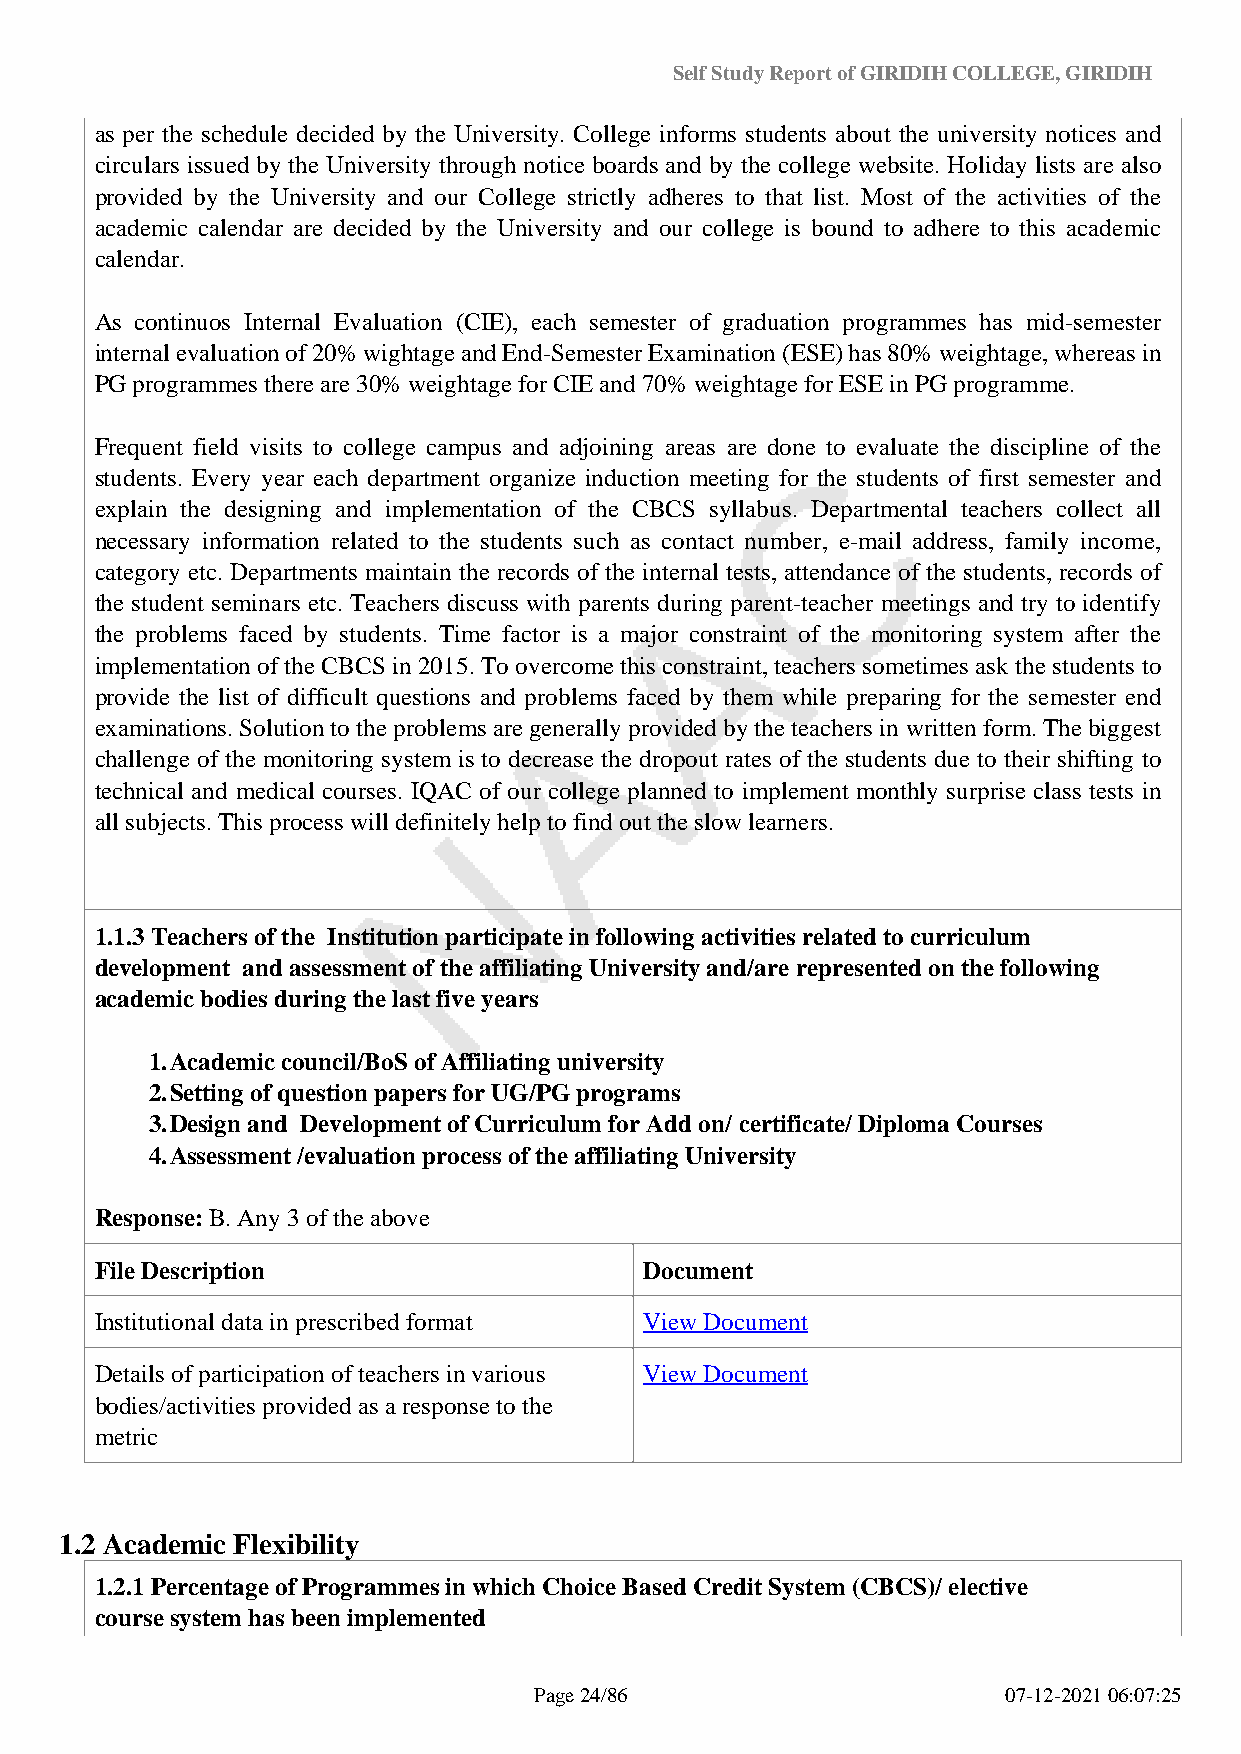
Self Study Report of GIRIDIH COLLEGE, GIRIDIH
 as per the schedule decided by the University. College informs students about the university notices and
 circulars issued by the University through notice boards and by the college website. Holiday lists are also
 provided by the University and our College strictly adheres to that list. Most of the activities of the
 academic calendar are decided by the University and our college is bound to adhere to this academic
 calendar.
 As continuos Internal Evaluation (CIE), each semester of graduation programmes has mid-semester
 internal evaluation of 20% wightage and End-Semester Examination (ESE) has 80% weightage, whereas in
 PG programmes there are 30% weightage for CIE and 70% weightage for ESE in PG programme.
 Frequent field visits to college campus and adjoining areas are done to evaluate the discipline of the
 students. Every year each department organize induction meeting for the students of first semester and
 explain the designing and implementation of the CBCS syllabus. Departmental teachers collect all
 necessary information related to the students such as contact number, e-mail address, family income,
 category etc. Departments maintain the records of the internal tests, attendance of the students, records of
 the student seminars etc. Teachers discuss with parents during parent-teacher meetings and try to identify
 the problems faced by students. Time factor is a major constraint of the monitoring system after the
 implementation of the CBCS in 2015. To overcome this constraint, teachers sometimes ask the students to
 provide the list of difficult questions and problems faced by them while preparing for the semester end
 examinations. Solution to the problems are generally provided by the teachers in written form. The biggest
 challenge of the monitoring system is to decrease the dropout rates of the students due to their shifting to
 technical and medical courses. IQAC of our college planned to implement monthly surprise class tests in
 all subjects. This process will definitely help to find out the slow learners.
 1.1.3 Teachers of the Institution participate in following activities related to curriculum
 development and assessment of the affiliating University and/are represented on the following
 academic bodies during the last five years
 1.Academic council/BoS of Affiliating university
 2.Setting of question papers for UG/PG programs
 3.Design and Development of Curriculum for Add on/ certificate/ Diploma Courses
 4.Assessment /evaluation process of the affiliating University
 Response: B. Any 3 of the above
 File Description                     Document
 Institutional data in prescribed format View Document
 Details of participation of teachers in various View Document
 bodies/activities provided as a response to the
 metric
 1.2 Academic Flexibility
 1.2.1 Percentage of Programmes in which Choice Based Credit System (CBCS)/ elective
 course system has been implemented
 Page 24/86                      07-12-2021 06:07:25